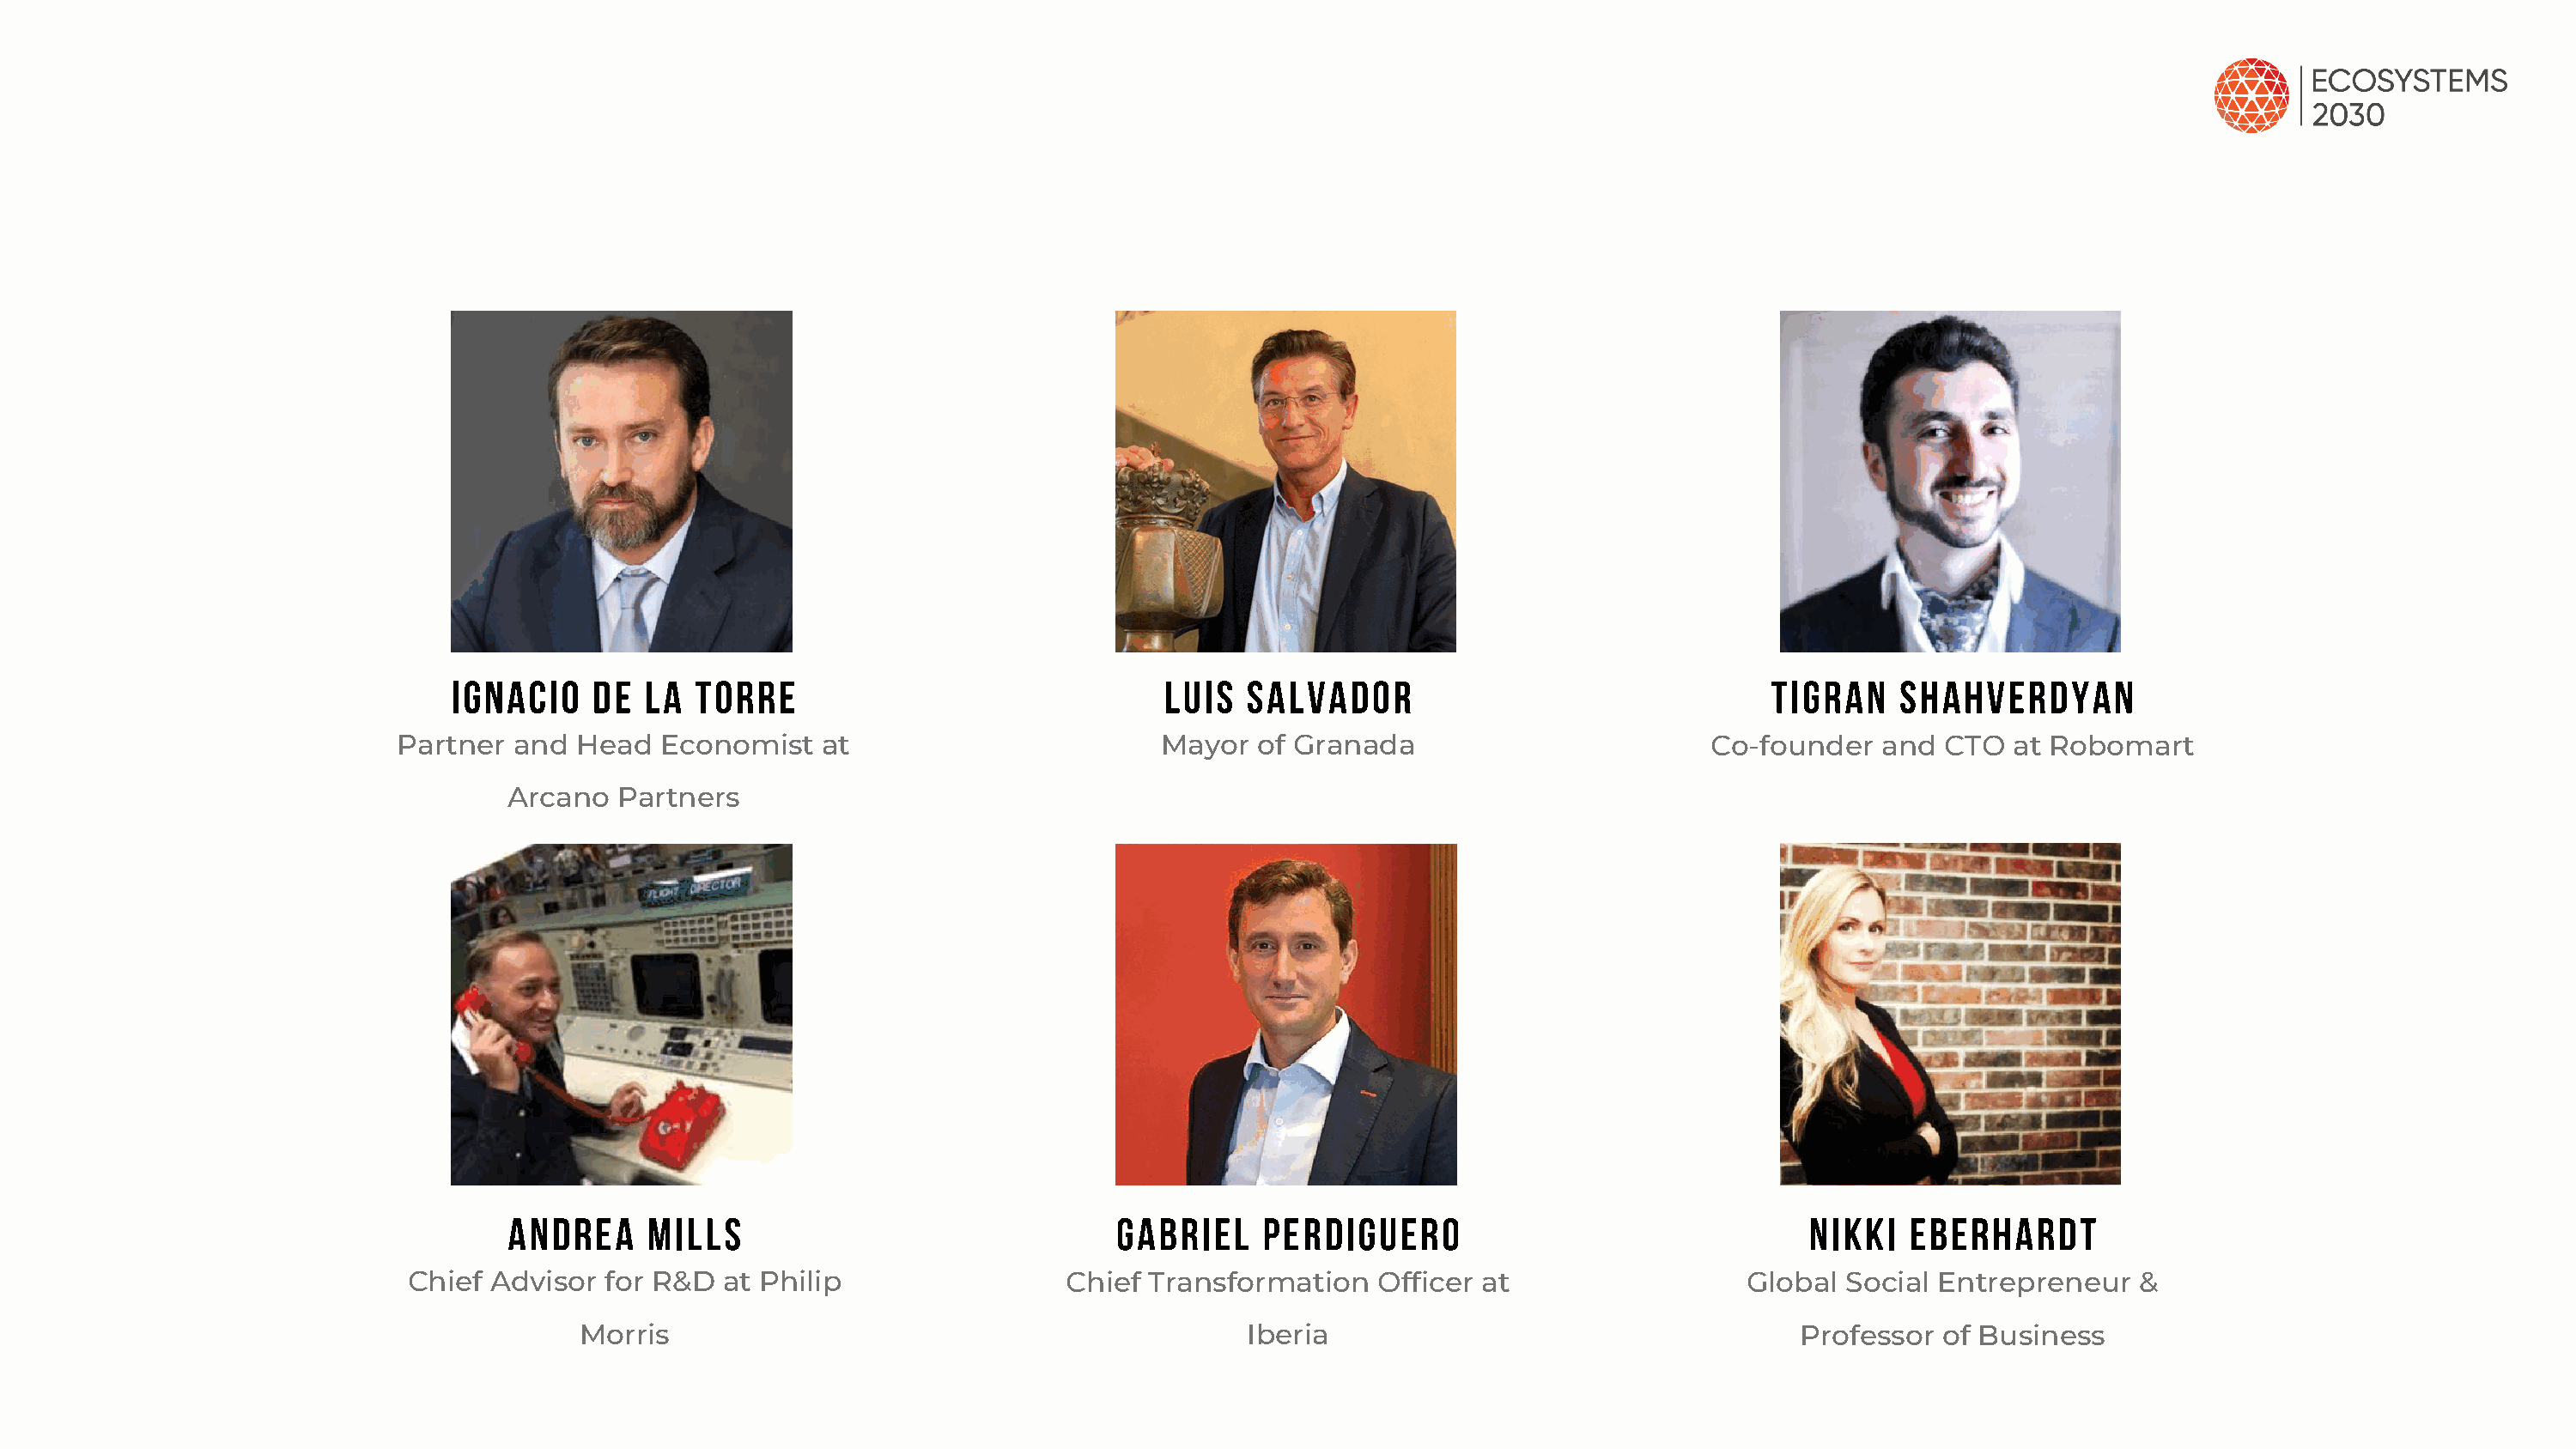
ignacio    de  la  torre                               Luis  Salvador                                 Tigran   Shahverdyan
 Partner  and Head   Economist   at                        Mayor   of Granada                         Co-founder   and  CTO  at Robomart
 Arcano   Partners
 Andrea     Mills                               Gabriel    Perdiguero                                Nikki   Eberhardt
 Chief  Advisor  for R&D  at Philip                 Chief  Transformation   Officer at                   Global Social Entrepreneur    &
 Morris                                             Iberia                                     Professor  of Business